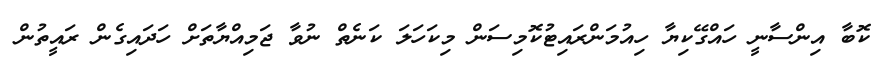
ކޮބާ އިންސާނީ ހައްގޭކިޔާ ހިއުމަންރައިޓުކޮމިސަން މިކަހަލަ ކަނެތް ނުވާ ޖަމިއްޔާތަށް ހަދައިގެން ރައީތުން